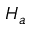
H _ { a }